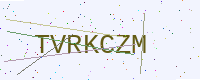
Text: TVRKCZM